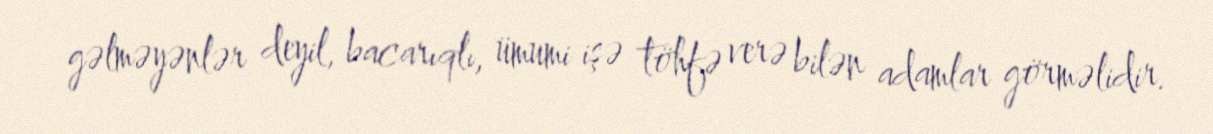
gəlməyənlər deyil, bacarıqlı, ümumi işə töhfə verə bilən adamlar görməlidir.